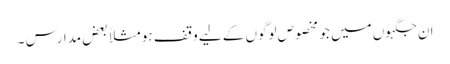
ان جگہوں میں جو مخصوص لوگوں کے لیے وقف ہو مثلاً بعض مدارس ۔